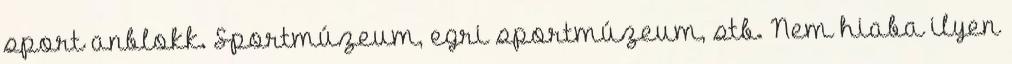
sport anblokk. Sportmúzeum, egri sportmúzeum, stb. Nem hiaba ilyen